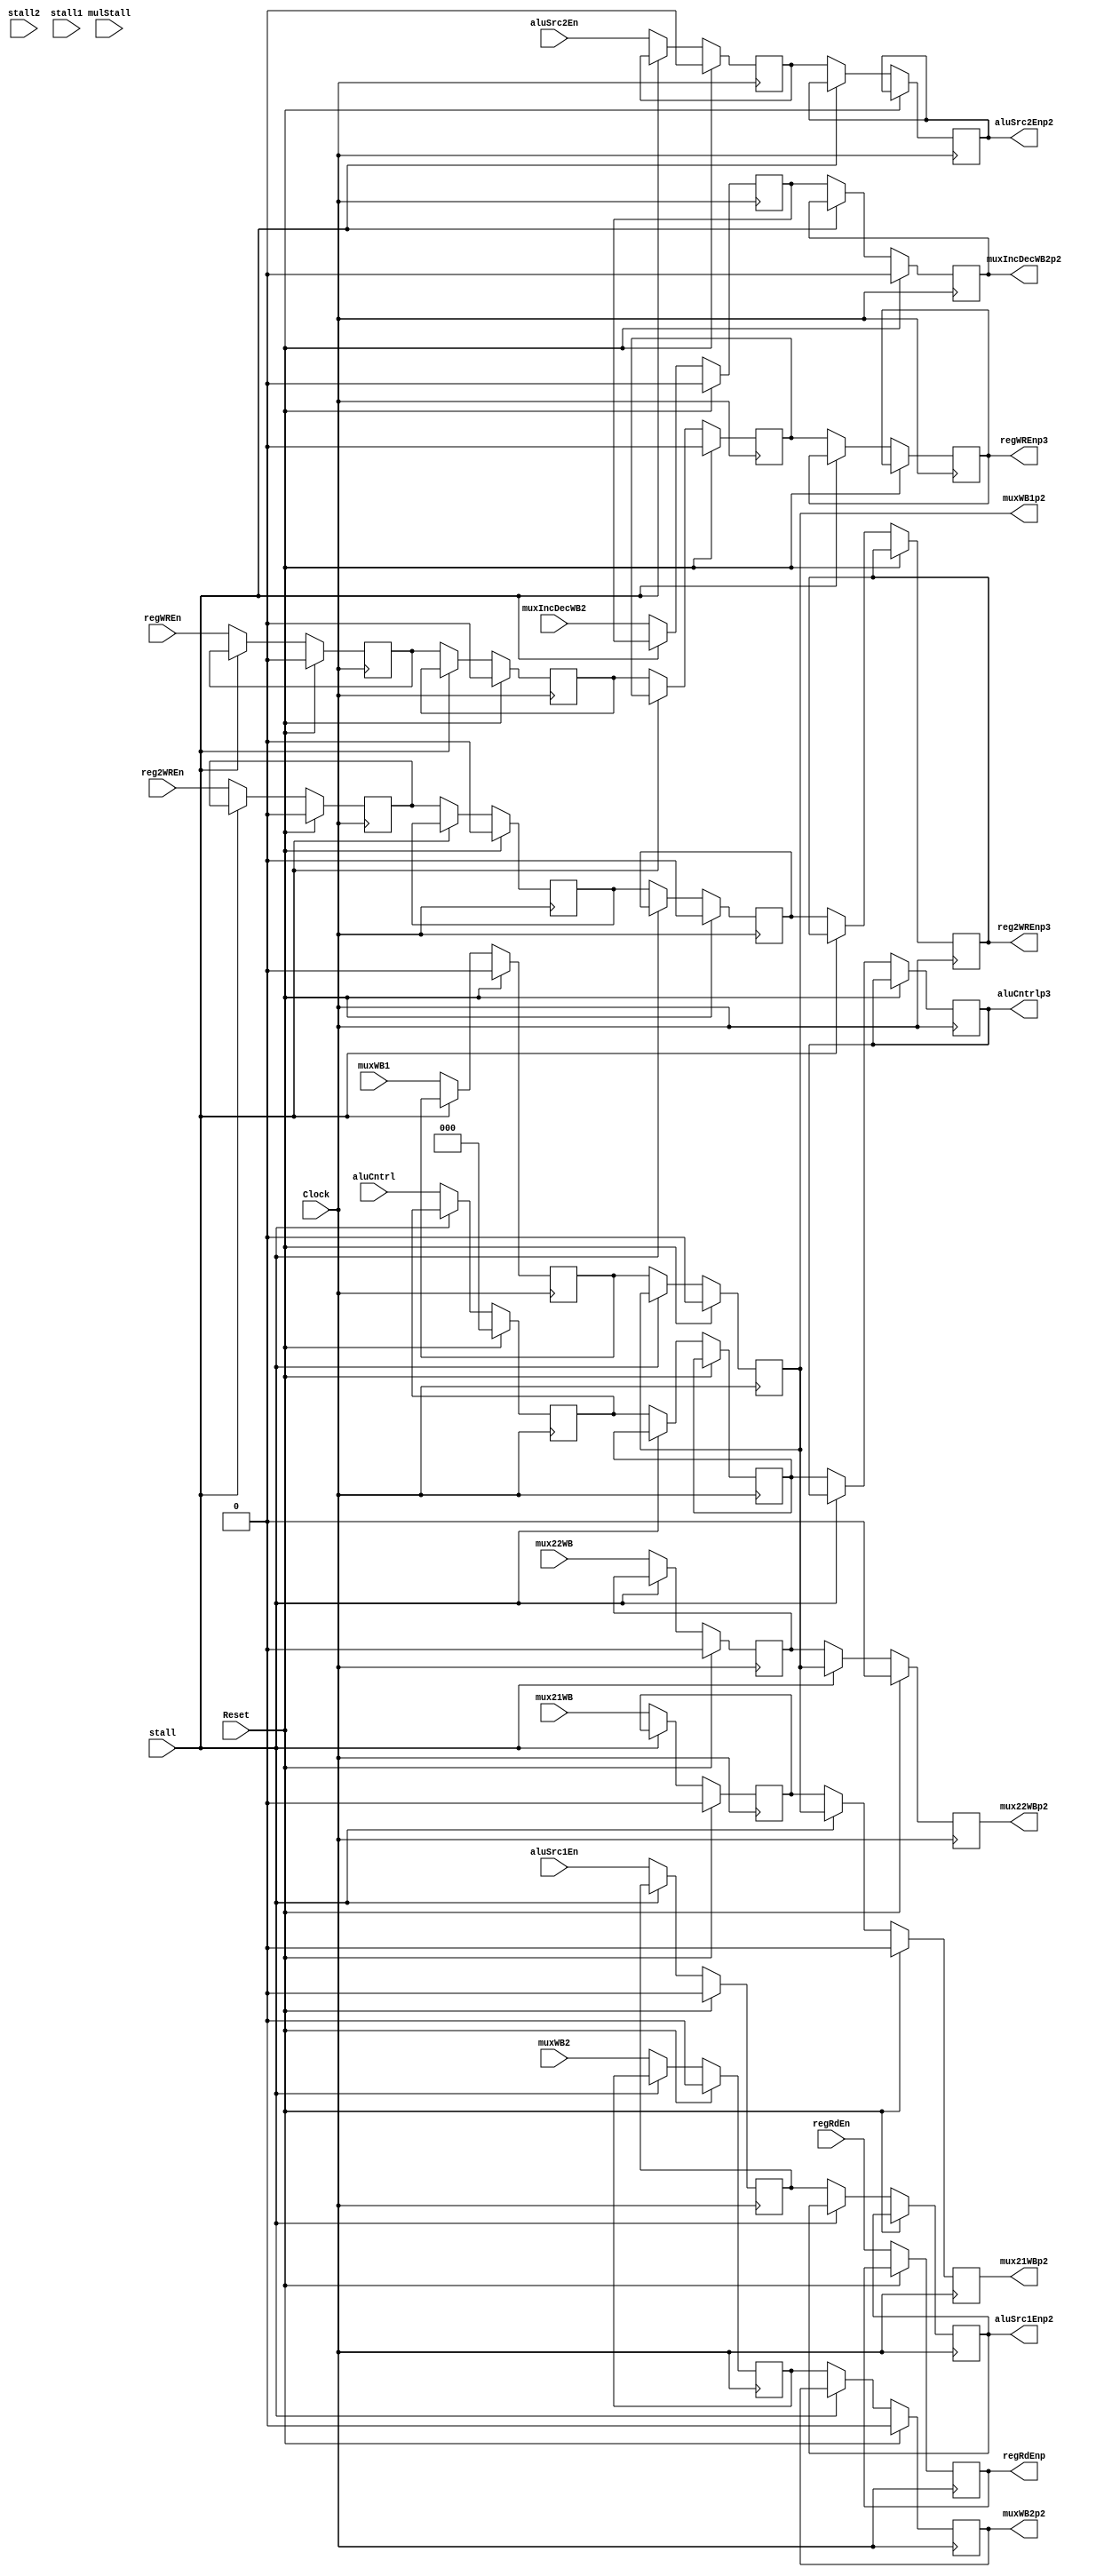
module CntrlPipeline(input Clock,Reset,aluSrc1En,aluSrc2En,muxWB1,muxIncDecWB2,muxWB2,mux21WB,mux22WB,regWREn,reg2WREn,regRdEn,mulStall,stall,stall2,stall1,input [2:0] aluCntrl,
							output reg aluSrc1Enp2,aluSrc2Enp2,muxIncDecWB2p2,muxWB2p2,muxWB1p2,mux21WBp2,mux22WBp2,regWREnp3,reg2WREnp3,regRdEnp,
							output reg[2:0] aluCntrlp3);


 reg aluSrc1EnTemp,muxWB2Temp,aluSrc2EnTemp,muxIncDecWB2Temp,muxWB1p2Temp,regWREnTemp,regWREnTemp1,
		regWREnTemp2,regWREnTemp4,reg2WREnTemp,reg2WREnTemp1,
		reg2WREnTemp2,reg2WREnTemp4,mux21temp,mux22temp;
		
 reg [2:0] aluCntrlTemp,aluCntrlp2;

 always @ (negedge Clock)
 begin
	if(Reset)
	begin
		aluSrc1EnTemp <= 0;
		aluSrc2EnTemp <= 0;
		aluCntrlTemp <= 0;
	end	
	else
	begin
	 	if(!stall)
		begin
			aluCntrlTemp <= aluCntrl;
			aluCntrlp2 <= aluCntrlTemp;
			aluCntrlp3 <= aluCntrlp2;
		 end
		 else
		 begin
			aluCntrlTemp <= aluCntrlTemp;
			aluCntrlp2 <= aluCntrlp2;
			aluCntrlp3 <= aluCntrlp3;
		 end	
		 
		 	if(!stall)
		begin		 
			aluSrc1EnTemp	<= aluSrc1En;
			aluSrc1Enp2 <= aluSrc1EnTemp;
		 
			aluSrc2EnTemp	<= aluSrc2En;
			aluSrc2Enp2 <= aluSrc2EnTemp;
		 end
		 else
		 begin
			aluSrc1EnTemp	<= aluSrc1EnTemp;
			aluSrc1Enp2 <= aluSrc1Enp2;
		 
			aluSrc2EnTemp	<= aluSrc2EnTemp;
			aluSrc2Enp2 <= aluSrc2Enp2;
		 end	
	end
 end		
 
 always @ (posedge Clock)
 begin
	if(Reset)
	begin
		muxIncDecWB2Temp <= 0;
		muxWB1p2Temp <= 0;
		muxWB2Temp <= 0;
		regWREnTemp <= 0;
		regWREnTemp1 <= 0;
		regWREnTemp2 <= 0;
		reg2WREnTemp <= 0;
		reg2WREnTemp1 <= 0;
		reg2WREnTemp2 <= 0;
		regWREnTemp4 <= 0;
		reg2WREnTemp4 <= 0;
		muxWB1p2 <= 0;
		muxWB2p2 <= 0;
		muxIncDecWB2p2 <= 0;
		mux21temp <= 0;
		mux22temp <= 0;
		mux21WBp2 <= 0;
		mux22WBp2 <= 0;
	end	
	else
	begin
		if(!stall)
		begin
			regWREnTemp <= regWREn;
			regWREnTemp1 <= regWREnTemp;
			regWREnTemp2 <= regWREnTemp1;
			//regWREnTemp4 <= regWREnTemp2;
			regWREnp3 <= regWREnTemp2;
			
			reg2WREnTemp <= reg2WREn;
			reg2WREnTemp1 <= reg2WREnTemp;
			reg2WREnTemp2 <= reg2WREnTemp1;
			//reg2WREnTemp4 <= reg2WREnTemp2;
			reg2WREnp3 <= reg2WREnTemp2;			
		end
		else
		begin
			regWREnTemp <= regWREnTemp;
			regWREnTemp1 <= regWREnTemp1;
			regWREnTemp2 <= regWREnTemp2;
			regWREnp3 <= regWREnp3;
			
			reg2WREnTemp <= reg2WREnTemp;
			reg2WREnTemp1 <= reg2WREnTemp1;
			reg2WREnTemp2 <= reg2WREnTemp2;
			reg2WREnp3 <= reg2WREnp3;
		end
		
		if(!stall)
		begin
			muxIncDecWB2Temp <= muxIncDecWB2;
			muxIncDecWB2p2 <= muxIncDecWB2Temp;
		 
			muxWB2Temp <= muxWB2;
			muxWB2p2 <= muxWB2Temp;
		 
			muxWB1p2Temp <= muxWB1;
			muxWB1p2 <= muxWB1p2Temp;
			
			mux21temp <= mux21WB;
			mux21WBp2 <= mux21temp;
			
			mux22temp <= mux22WB;
			mux22WBp2 <= mux22temp;
			
			regRdEnp <= regRdEn;
		end
		else
		begin
			muxIncDecWB2Temp <= muxIncDecWB2Temp;
			muxIncDecWB2p2 <= muxIncDecWB2p2;
		 
			muxWB2Temp <= muxWB2Temp;
			muxWB2p2 <= muxWB2p2;
		 
			muxWB1p2Temp <= muxWB1p2Temp;
			muxWB1p2 <= muxWB1p2;
			
			mux21temp <= mux21temp;
			mux21WBp2 <= muxWB1p2;
			
			mux22temp <= mux22temp;
			mux22WBp2 <= muxWB1p2;
			
			regRdEnp <= regRdEn;
		end
		
		
	end		 
 end

endmodule